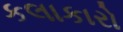
કલાકારો